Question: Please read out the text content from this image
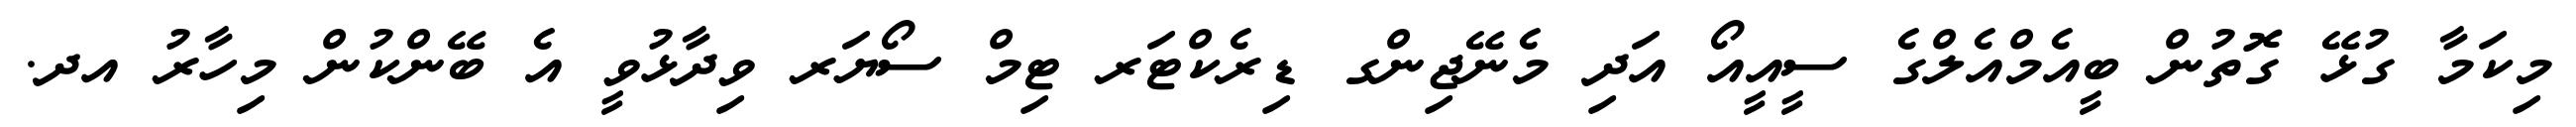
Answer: މިކަމާ ގުޅޭ ގޮތުން ބީއެމްއެލްގެ ސީއީއޯ އަދި މެނޭޖިންގ ޑިރެކްޓަރ ޓިމް ސޯޔަރ ވިދާޅުވީ އެ ބޭންކުން މިހާރު އދ.